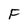
Character: F